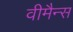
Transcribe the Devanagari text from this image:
वीमैन्स